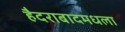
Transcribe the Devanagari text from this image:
हैदराबादमधला